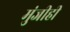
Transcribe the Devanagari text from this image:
मुंजीही